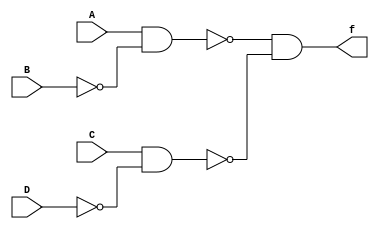
module q1(A,B,C,D,f);
input A,B,C,D;
output f;
assign g=(A~&(B~&B))~&(C~&(D~&D));
assign f=(g~&g);
endmodule